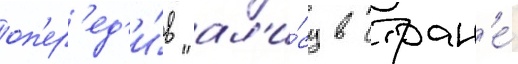
оп'ер'ед'и́в "ал'и́су в стран'е́